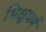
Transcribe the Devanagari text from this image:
भिक्षुधर्म